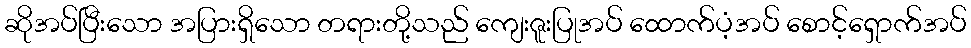
ဆိုအပ်ပြီးသော အပြားရှိသော တရားတို့သည် ကျေးဇူးပြုအပ် ထောက်ပံ့အပ် စောင့်ရှောက်အပ်